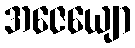
အဇေယျော